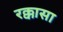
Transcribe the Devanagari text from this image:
रक्कासा